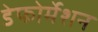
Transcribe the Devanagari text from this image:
डेफोर्मेशन